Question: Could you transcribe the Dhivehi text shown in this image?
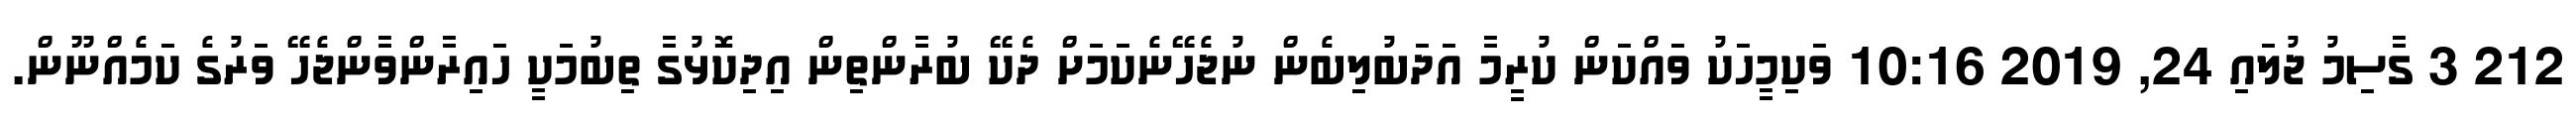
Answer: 212 3 ގާސިމު ޖުލައި 24, 2019 10:16 ވަކިމީހަކު ވައްކަން ކުރީމާ އަދަބުލިބެން ނުޖެހޭނެކަމަށް ދެކޭ ބުރާންތިން އިދިކޮޅުގާ ތިބުމަކީ ހައިރާންވާންޖެހޭ ވަރުގެ ކަމެއްނޫން.